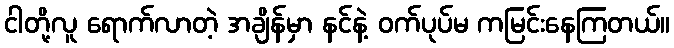
ငါတို့လူ ရောက်လာတဲ့ အချိန်မှာ နင်နဲ့ ဝက်ပုပ်မ ကမြင်းနေကြတယ်။